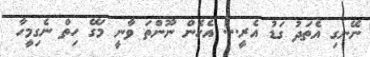
ނޭނގި އެތަދު ގަޑު އެރީ..! އެހެން ނޫންތަ ވާނީ މަގޭ ހިތް ނެގިމީހާ